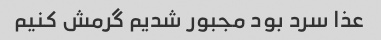
عذا سرد بود مجبور شدیم گرمش کنیم